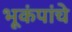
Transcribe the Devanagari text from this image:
भूकंपांचे